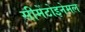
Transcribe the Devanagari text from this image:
सीमेंटोइनेमल